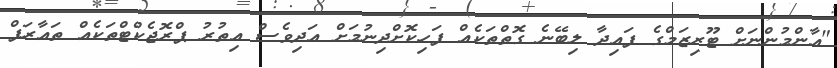
"އާންމުންނަށް ޓޫރިޒަމްގެ ފައިދާ ލިބޭނެ ގޮތްތަކެއް ފަހިކޮށްދިނުމަށް އަދިވެސް އިތުރު ޕްރޮޖެކްޓްތަކެއް ތައާރަފް